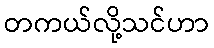
တကယ်လို့သင်ဟာ